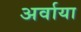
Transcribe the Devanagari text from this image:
अर्वाया